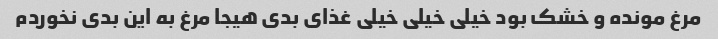
مرغ مونده و خشک بود خیلی خیلی خیلی غذای بدی هیجا مرغ به این بدی نخوردم